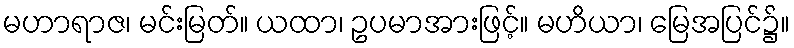
မဟာရာဇ၊ မင်းမြတ်။ ယထာ၊ ဥပမာအားဖြင့်။ မဟိယာ၊ မြေအပြင်၌။